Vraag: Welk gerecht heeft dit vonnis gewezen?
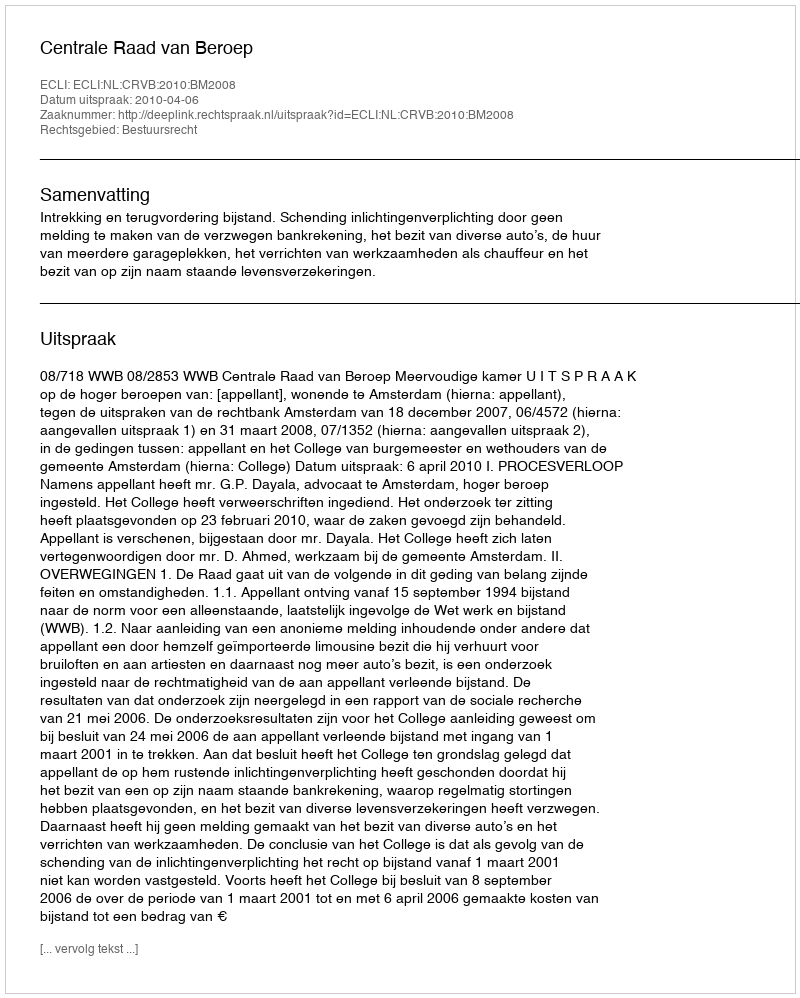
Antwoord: Centrale Raad van Beroep